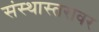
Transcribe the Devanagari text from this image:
संस्थास्तरावर